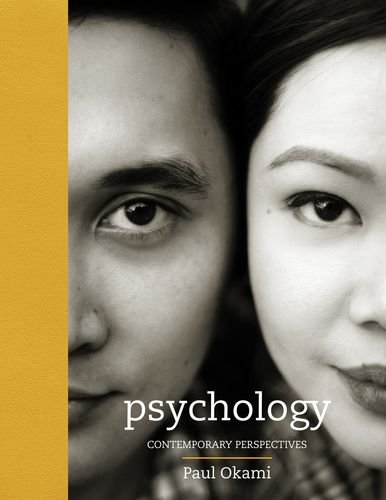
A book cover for Psychology: Contemporary Perspectives; Paul Okami; Medical Books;